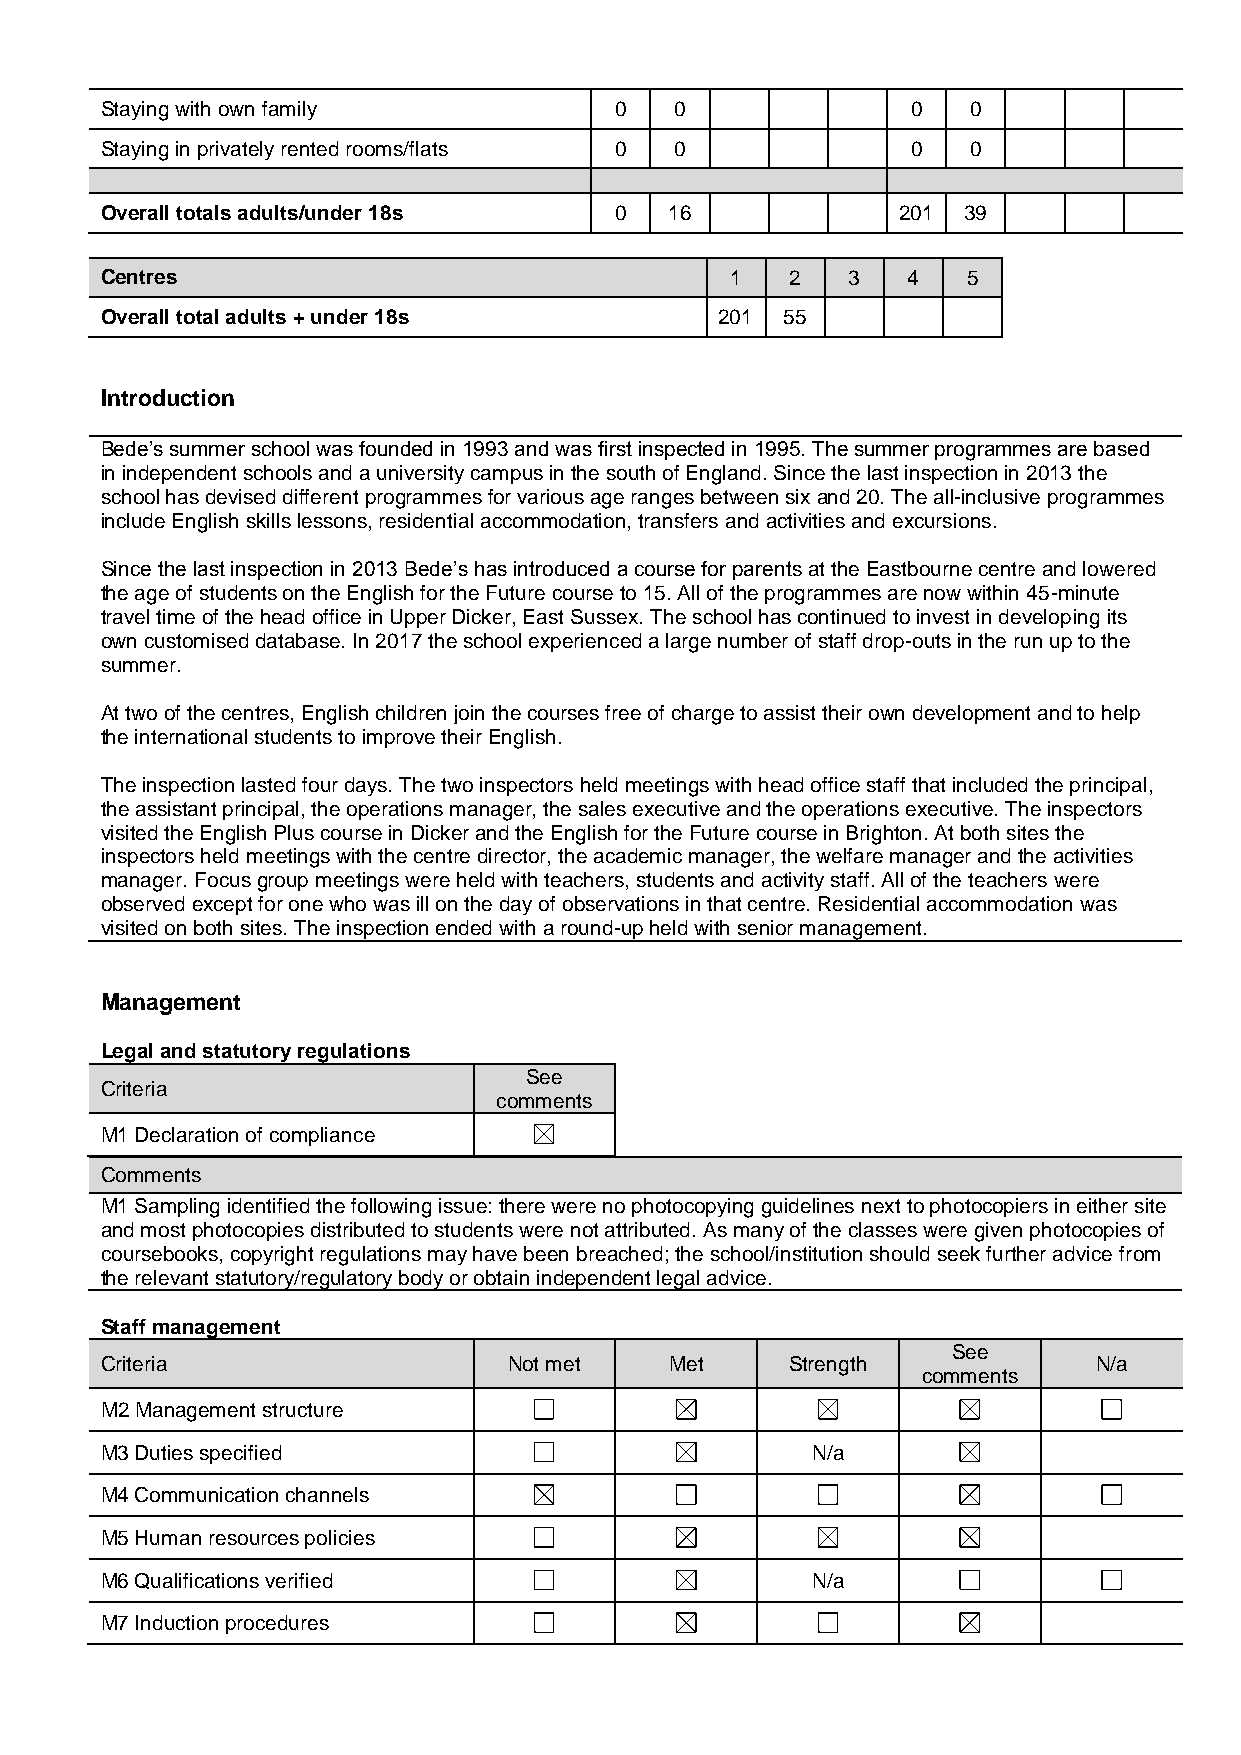
Staying with own family           0   0              0   0
 Staying in privately rented rooms/flats 0 0          0   0
 Overall totals adults/under 18s   0  16             201  39
 Centres                                  1   2   3   4   5
 Overall total adults + under 18s         201 55
 Introduction
 Bede’s summer school was founded in 1993 and was first inspected in 1995. The summer programmes are based
 in independent schools and a university campus in the south of England. Since the last inspection in 2013 the
 school has devised different programmes for various age ranges between six and 20. The all-inclusive programmes
 include English skills lessons, residential accommodation, transfers and activities and excursions.
 Since the last inspection in 2013 Bede’s has introduced a course for parents at the Eastbourne centre and lowered
 the age of students on the English for the Future course to 15. All of the programmes are now within 45-minute
 travel time of the head office in Upper Dicker, East Sussex. The school has continued to invest in developing its
 own customised database. In 2017 the school experienced a large number of staff drop-outs in the run up to the
 summer.
 At two of the centres, English children join the courses free of charge to assist their own development and to help
 the international students to improve their English.
 The inspection lasted four days. The two inspectors held meetings with head office staff that included the principal,
 the assistant principal, the operations manager, the sales executive and the operations executive. The inspectors
 visited the English Plus course in Dicker and the English for the Future course in Brighton. At both sites the
 inspectors held meetings with the centre director, the academic manager, the welfare manager and the activities
 manager. Focus group meetings were held with teachers, students and activity staff. All of the teachers were
 observed except for one who was ill on the day of observations in that centre. Residential accommodation was
 visited on both sites. The inspection ended with a round-up held with senior management.
 Management
 Legal and statutory regulations
 See
 Criteria
 comments
 M1 Declaration of compliance
 Comments
 M1 Sampling identified the following issue: there were no photocopying guidelines next to photocopiers in either site
 and most photocopies distributed to students were not attributed. As many of the classes were given photocopies of
 coursebooks, copyright regulations may have been breached; the school/institution should seek further advice from
 the relevant statutory/regulatory body or obtain independent legal advice.
 Staff management
 See
 Criteria                   Not met   Met     Strength            N/a
 comments
 M2 Management structure
 M3 Duties specified                            N/a
 M4 Communication channels
 M5 Human resources policies
 M6 Qualifications verified                     N/a
 M7 Induction procedures